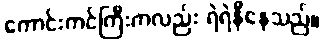
ကောင်းကင်ကြီးကလည်း ရဲရဲနီနေသည်။